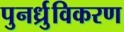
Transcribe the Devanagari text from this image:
पुनर्ध्रुविकरण